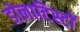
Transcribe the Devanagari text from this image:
डोनाटिस्टों